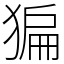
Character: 猵